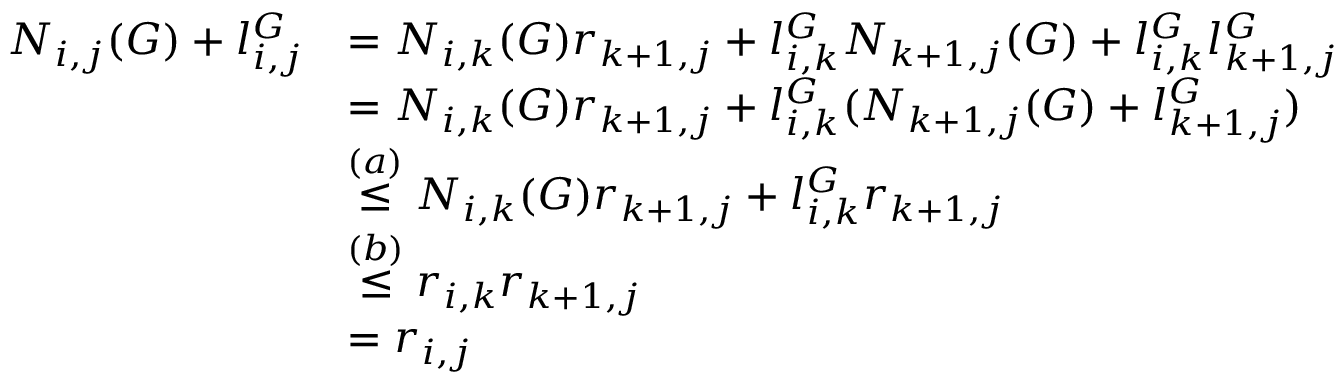
\begin{array} { r l } { N _ { i , j } ( G ) + l _ { i , j } ^ { G } } & { = N _ { i , k } ( G ) r _ { k + 1 , j } + l _ { i , k } ^ { G } N _ { k + 1 , j } ( G ) + l _ { i , k } ^ { G } l _ { k + 1 , j } ^ { G } } \\ & { = N _ { i , k } ( G ) r _ { k + 1 , j } + l _ { i , k } ^ { G } ( N _ { k + 1 , j } ( G ) + l _ { k + 1 , j } ^ { G } ) } \\ & { \stackrel { ( a ) } { \leq } N _ { i , k } ( G ) r _ { k + 1 , j } + l _ { i , k } ^ { G } r _ { k + 1 , j } } \\ & { \stackrel { ( b ) } { \leq } r _ { i , k } r _ { k + 1 , j } } \\ & { = r _ { i , j } } \end{array}